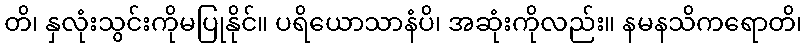
တိ၊ နှလုံးသွင်းကိုမပြုနိုင်။ ပရိယောသာနံပိ၊ အဆုံးကိုလည်း။ နမနသိကရောတိ၊